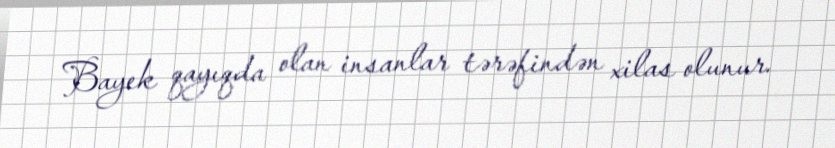
Bayek qayıqda olan insanlar tərəfindən xilas olunur.